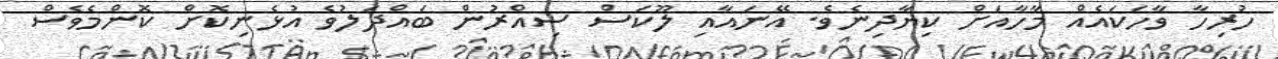
ހުރިހާ ވާހަކައެއް މާހާއަށް ކިޔާދިނެވެ. އޭނައާއި ލޫކަސް ސިއްރުން ބައްދަލުވެ އުޅެނިކޮށް ކޮންމެވެސް